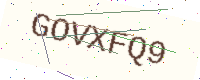
Text: GOVXFQ9